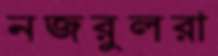
নজরুলরা